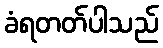
ခံရတတ်ပါသည်